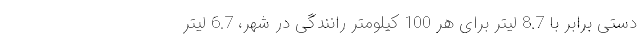
دستی برابر با 8.7 لیتر برای هر 100 کیلومتر رانندگی در شهر، 6.7 لیتر